Problem: 37 + 33 = ?
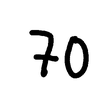
Handwritten answer: 70